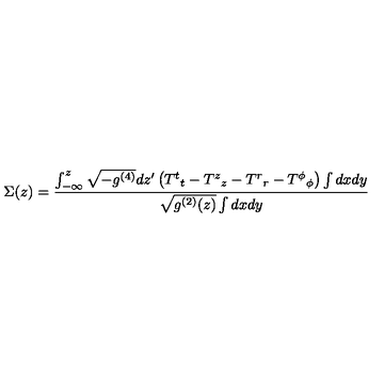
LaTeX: \Sigma ( z ) = \frac { \int _ { - \infty } ^ { z } \sqrt { - g ^ { ( 4 ) } } d z ^ { \prime } \left( { T ^ { t } } _ { t } - { T ^ { z } } _ { z } - { T ^ { r } } _ { r } - { T ^ { \phi } } _ { \phi } \right) \int d x d y } { \sqrt { g ^ { ( 2 ) } ( z ) } \int d x d y }